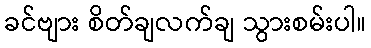
ခင်ဗျား စိတ်ချလက်ချ သွားစမ်းပါ။